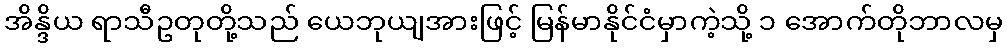
အိန္ဒိယ ရာသီဥတုတို့သည် ယေဘုယျအားဖြင့် မြန်မာနိုင်ငံမှာကဲ့သို့ ၁ အောက်တိုဘာလမှ